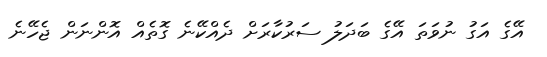
އޭގެ އަގު ނުވަތަ އޭގެ ބަދަލު ސަރުކާރަށް ދެއްކޭނެ ގޮތެއް އޮންނަން ޖެހޭނެ